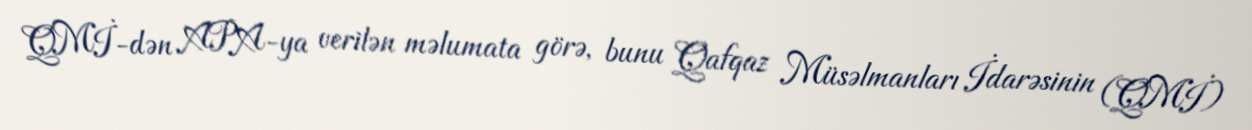
QMİ-dən APA-ya verilən məlumata görə, bunu Qafqaz Müsəlmanları İdarəsinin (QMİ)